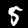
Digit: 5